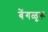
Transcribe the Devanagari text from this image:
बेंगळूरू